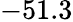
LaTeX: -51.3